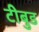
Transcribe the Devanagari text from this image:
टीबुड